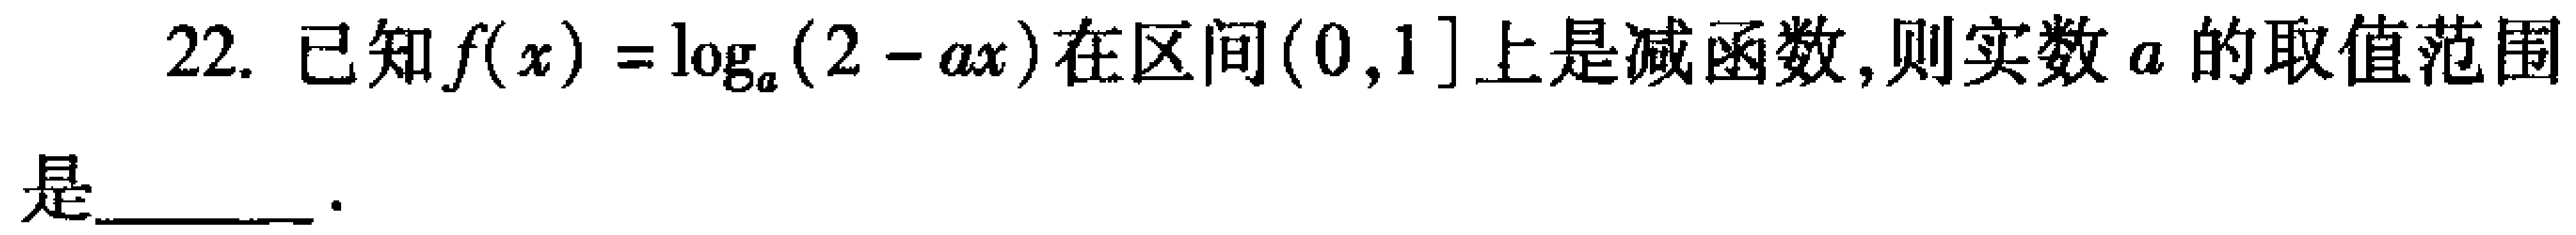
22. 已知\(f(x)=\log_{a}(2 - ax)\)在区间\((0,1]\)上是减函数,则实数\(a\)的取值范围是  .